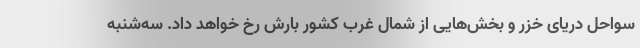
سواحل دریای خزر و بخش‌هایی از شمال غرب کشور بارش رخ خواهد داد. سه‌شنبه